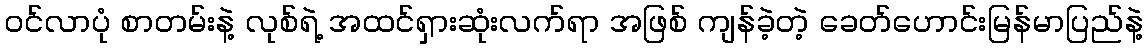
ဝင်လာပုံ စာတမ်းနဲ့ လုစ်ရဲ့ အထင်ရှားဆုံးလက်ရာ အဖြစ် ကျန်ခဲ့တဲ့ ခေတ်ဟောင်းမြန်မာပြည်နဲ့